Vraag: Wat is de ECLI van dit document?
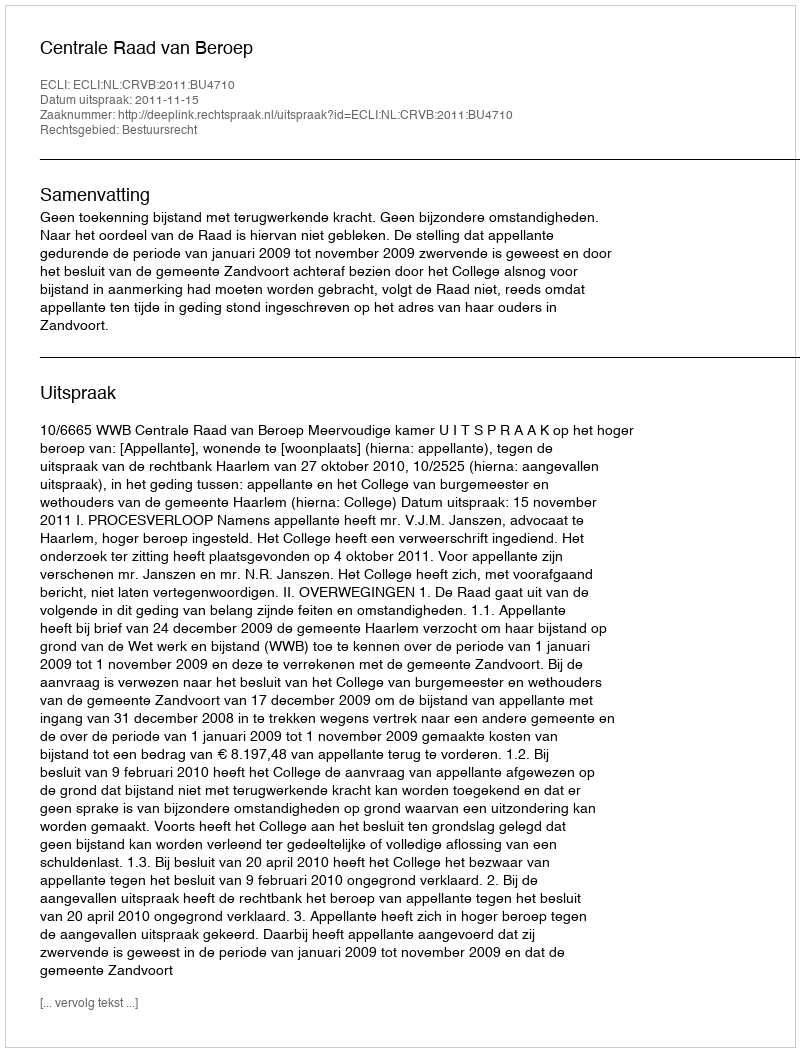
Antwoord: ECLI:NL:CRVB:2011:BU4710